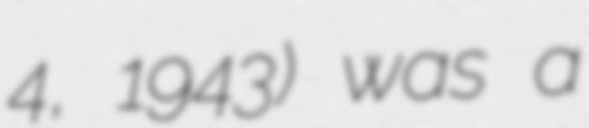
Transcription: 4, 1943) was a